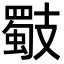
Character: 𢻧